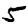
Digit: 5